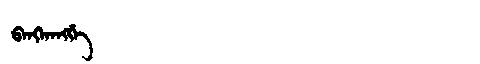
Manchu: ᠪᠠᠩᡴᠠᠩᡤᡝ
Romanization: BANGKANGGE